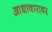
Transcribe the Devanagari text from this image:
आधावारावर